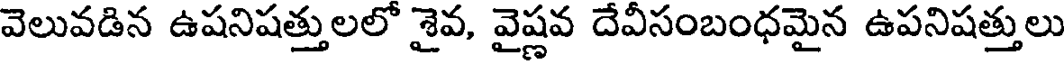
వెలువడిన ఉషనిషత్తులలో శైవ, వైష్ణవ దేవీసంబంధమైన ఉపనిషత్తులు